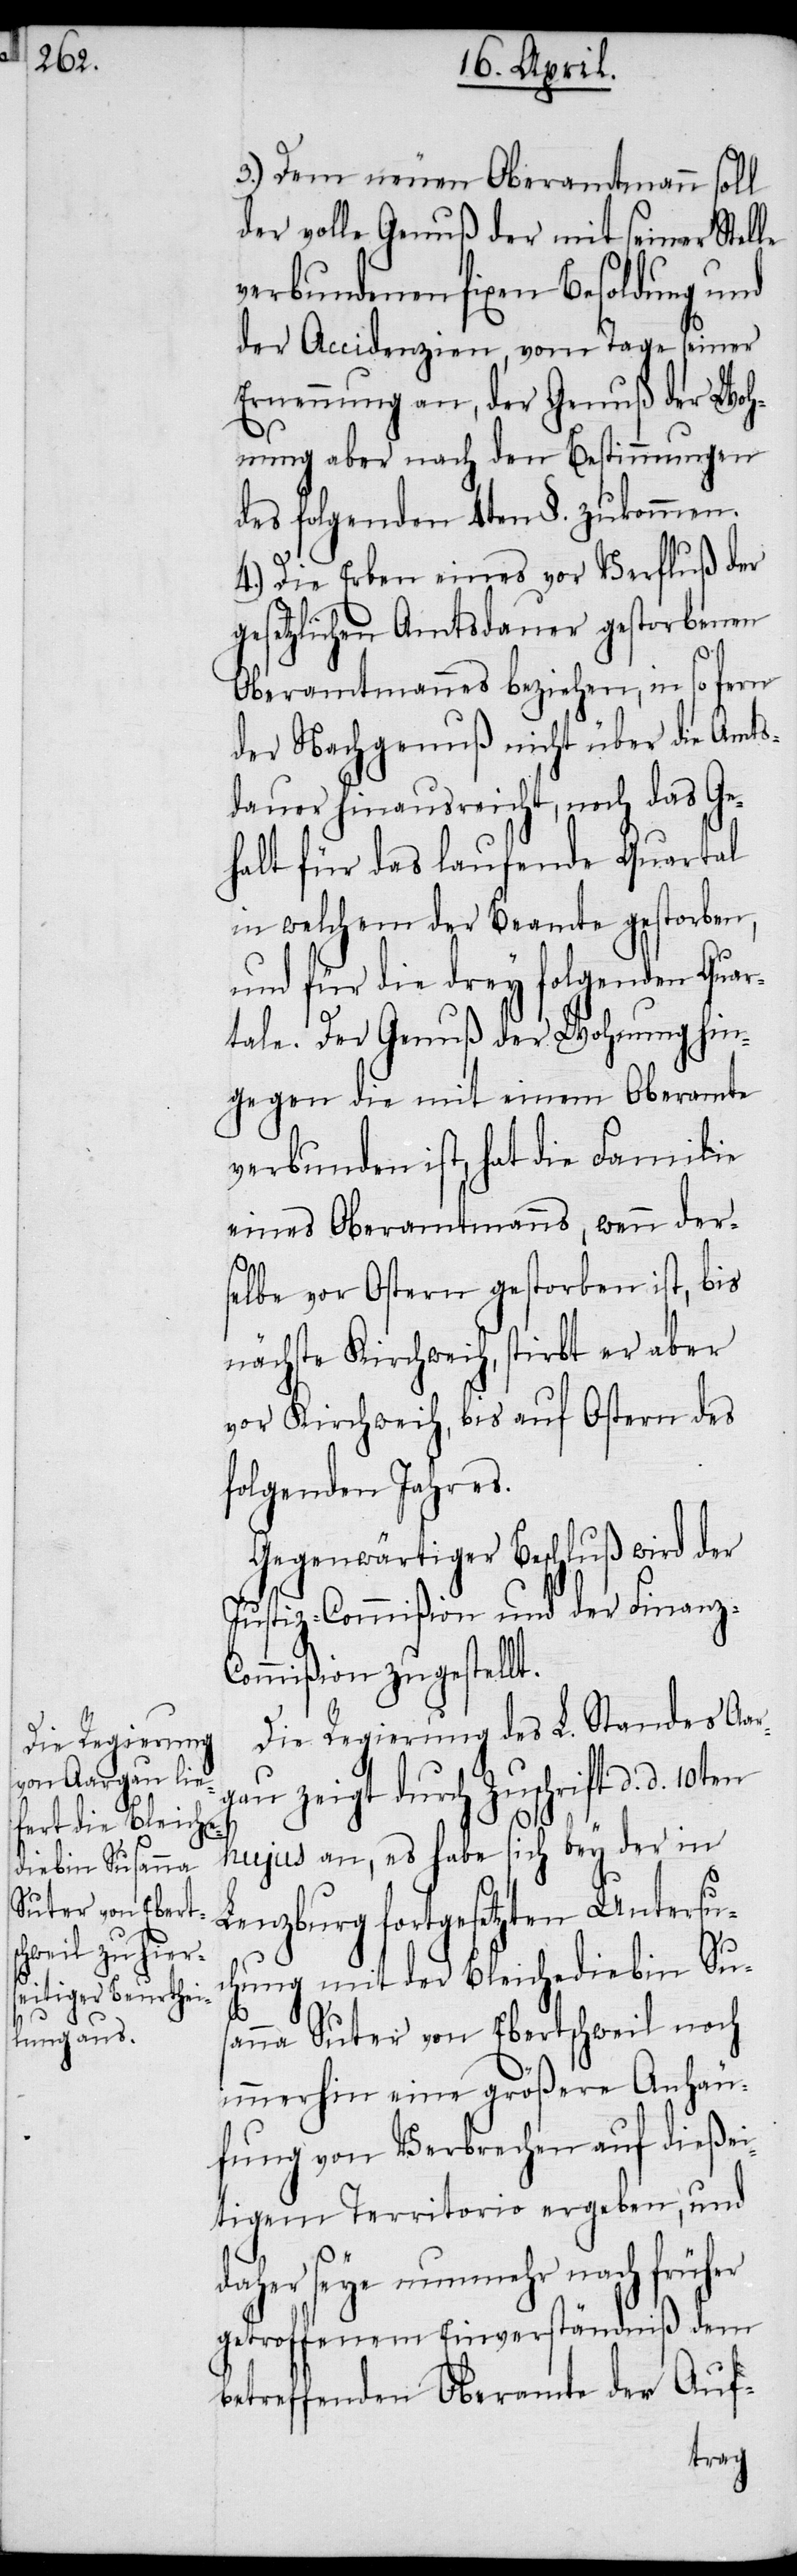
3.) Dem neuen Oberamtmann soll
der volle Genuß der mit seiner Stelle
verbundenen fixen Besoldung und
der Accidenzien, vom Tage seiner
Ernennung an, der Genuß der Woh¬
nung aber nach den Bestimmungen
des folgenden 4ten §. zukommen.
4.) Die Erben eines vor Verfluß der
gesetzlichen Amtsdauer gestorbenen
Oberamtmannes beziehen, in so fern
der Nachgenuß nicht über die Amts¬
dauer hinausreicht, noch das Ge¬
halt für das laufende Quartal
in welchem der Beamte gestorben,
und für die drey folgenden Quar¬
tale. Der Genuß der Wohnung hin¬
gegen die mit einem Oberamte
verbunden ist, hat die Familie
eines Oberamtmanns, wenn ders¬
elbe vor Ostern gestorben ist, bis
nächste Kirchweih, stirbt er aber
vor Kirchweih, bis auf Ostern des
folgenden Jahres.
Gegenwärtiger Beschluß wird der
Justiz-Commißion und der Finanz-C¬
ommißion zugestellt.
Die Regierung des L. Standes Aar¬
gau zeigt durch Zuschrift d. d.
hujus an, es habe sich bey der in
Lenzburg fortgesetzten Untersu¬
chung mit der Bleichediebin Sus¬
anna Suter von Ebertschweil noch
immerhin eine größere Anhäu¬
fung von Verbrechen auf dießei¬
tigem Territorio ergeben, und
daher seye nunmehr nach früher
getroffenem Einverständniß dem
betreffenden Oberamte der Auf-